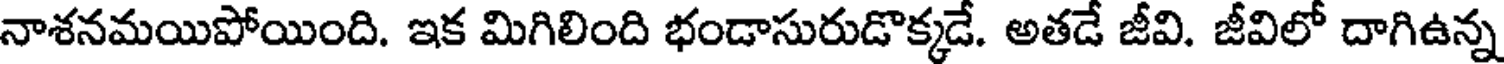
నాశనమయిపోయింది. ఇక మిగిలింది భండాసురుడొక్కడే. అతడే జీవి. జీవిలో దాగిఉన్న